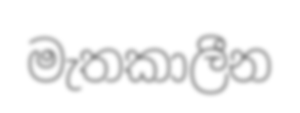
මැතකාලීන